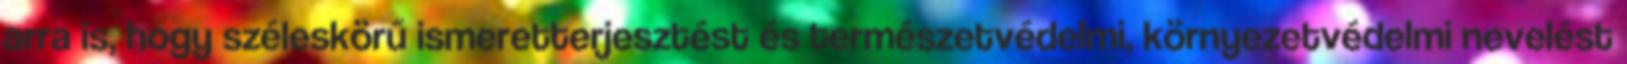
arra is, hogy széleskörű ismeretterjesztést és természetvédelmi, környezetvédelmi nevelést